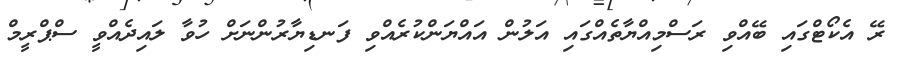
ރޭ އެކޯޓްގައި ބޭއްވި ރަސްމިއްޔާތެއްގައި އަލުން އައްޔަންކުރެއްވި ފަނޑިޔާރުންނަށް ހުވާ ލައިދެއްވީ ސްޕްރީމް